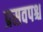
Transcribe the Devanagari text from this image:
प्रसवपश्च